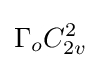
\Gamma _{o}C_{2v}^{2}